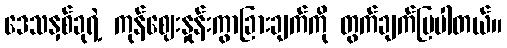
ဒေသနှစ်ခုရဲ့ ကုန်ဈေးနှုန်းကွာခြားချက်ကို တွက်ချက်ပြပါတယ်။